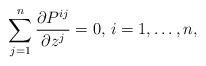
LaTeX: \begin{align*}\sum_{j=1}^n\frac{\partial P^{ij}}{\partial z^j}=0,\,i=1,\ldots,n,\end{align*}